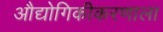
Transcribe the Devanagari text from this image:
औद्योगिकीकरणाला